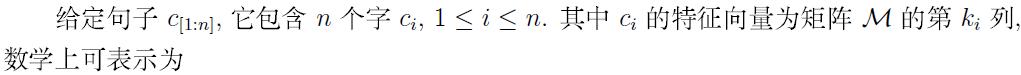
给定句子$c_{[1:n]}$，它包含$n$个字$c_i, 1 \leq i \leq n$. 其中$c_i$的特征向量为矩阵$\mathcal{M}$的第$k_i$列,数学上可表示为